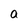
Character: a